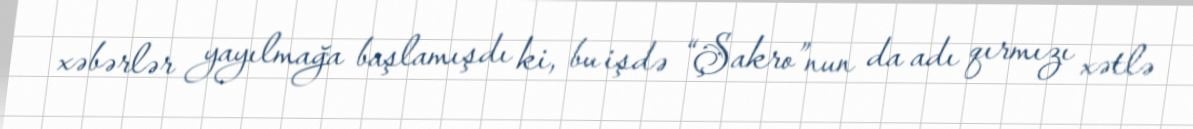
xəbərlər yayılmağa başlamışdı ki, bu işdə “Şakro”nun da adı qırmızı xətlə